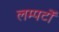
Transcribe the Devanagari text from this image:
लम्पटों